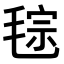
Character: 𣮤